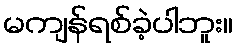
မကျန်ရစ်ခဲ့ပါဘူး။